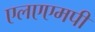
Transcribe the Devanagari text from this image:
एलएएमपी